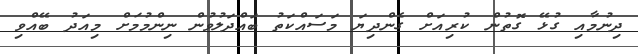
ދިނުމާއި ގުޅޭ ގޮތުން ކުރިއަށް ގެންދިޔަ މަސައްކަތު ބައްދަލުވުން ނިންމުމަށް މިއަދު ބޭއްވި